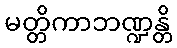
မတ္တိကာဘဏ္ဍန္တိ